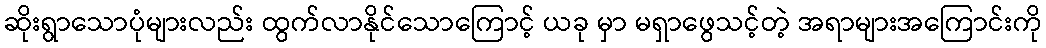
ဆိုးရွာသောပုံများလည်း ထွက်လာနိုင်သောကြောင့် ယခု မှာ မရှာဖွေသင့်တဲ့ အရာများအကြောင်းကို